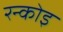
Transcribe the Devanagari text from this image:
रन्कोइ